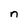
Character: n